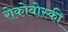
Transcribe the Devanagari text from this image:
रोकोवोस्की